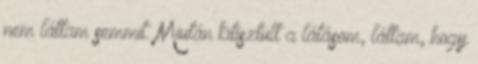
nem láttam semmit. Miután kitisztult a látásom, láttam, hogy